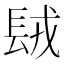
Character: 𨱿